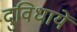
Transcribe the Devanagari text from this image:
दुविधायें